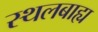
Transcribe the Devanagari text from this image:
स्थलबाह्य